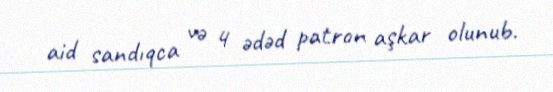
aid sandıqca və 4 ədəd patron aşkar olunub.